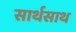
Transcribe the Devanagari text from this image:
सार्थसाथ